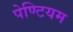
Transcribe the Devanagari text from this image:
पेण्टियम